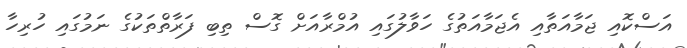
އަސްކޮއި ޖަމާއަތާއި އެޖަމާއަތުގެ ހަވާލުގައި އުމްރާއަށް ގޮސް ތިބި ފަރާތްތަކުގެ ނަމުގައި ހުރިހާ